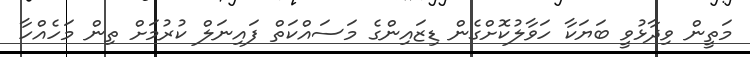
މަތީން ވިދާޅުވީ ބަޔަކާ ހަވާލުކޮށްގެން ޑިޒައިންގެ މަސައްކަތް ފައިނަލް ކުރުމަށް ތިން މަހެއްހާ